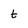
Character: t